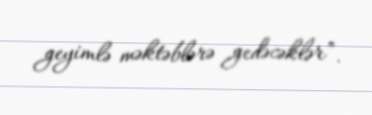
geyimlə məktəblərə gedəcəklər”.